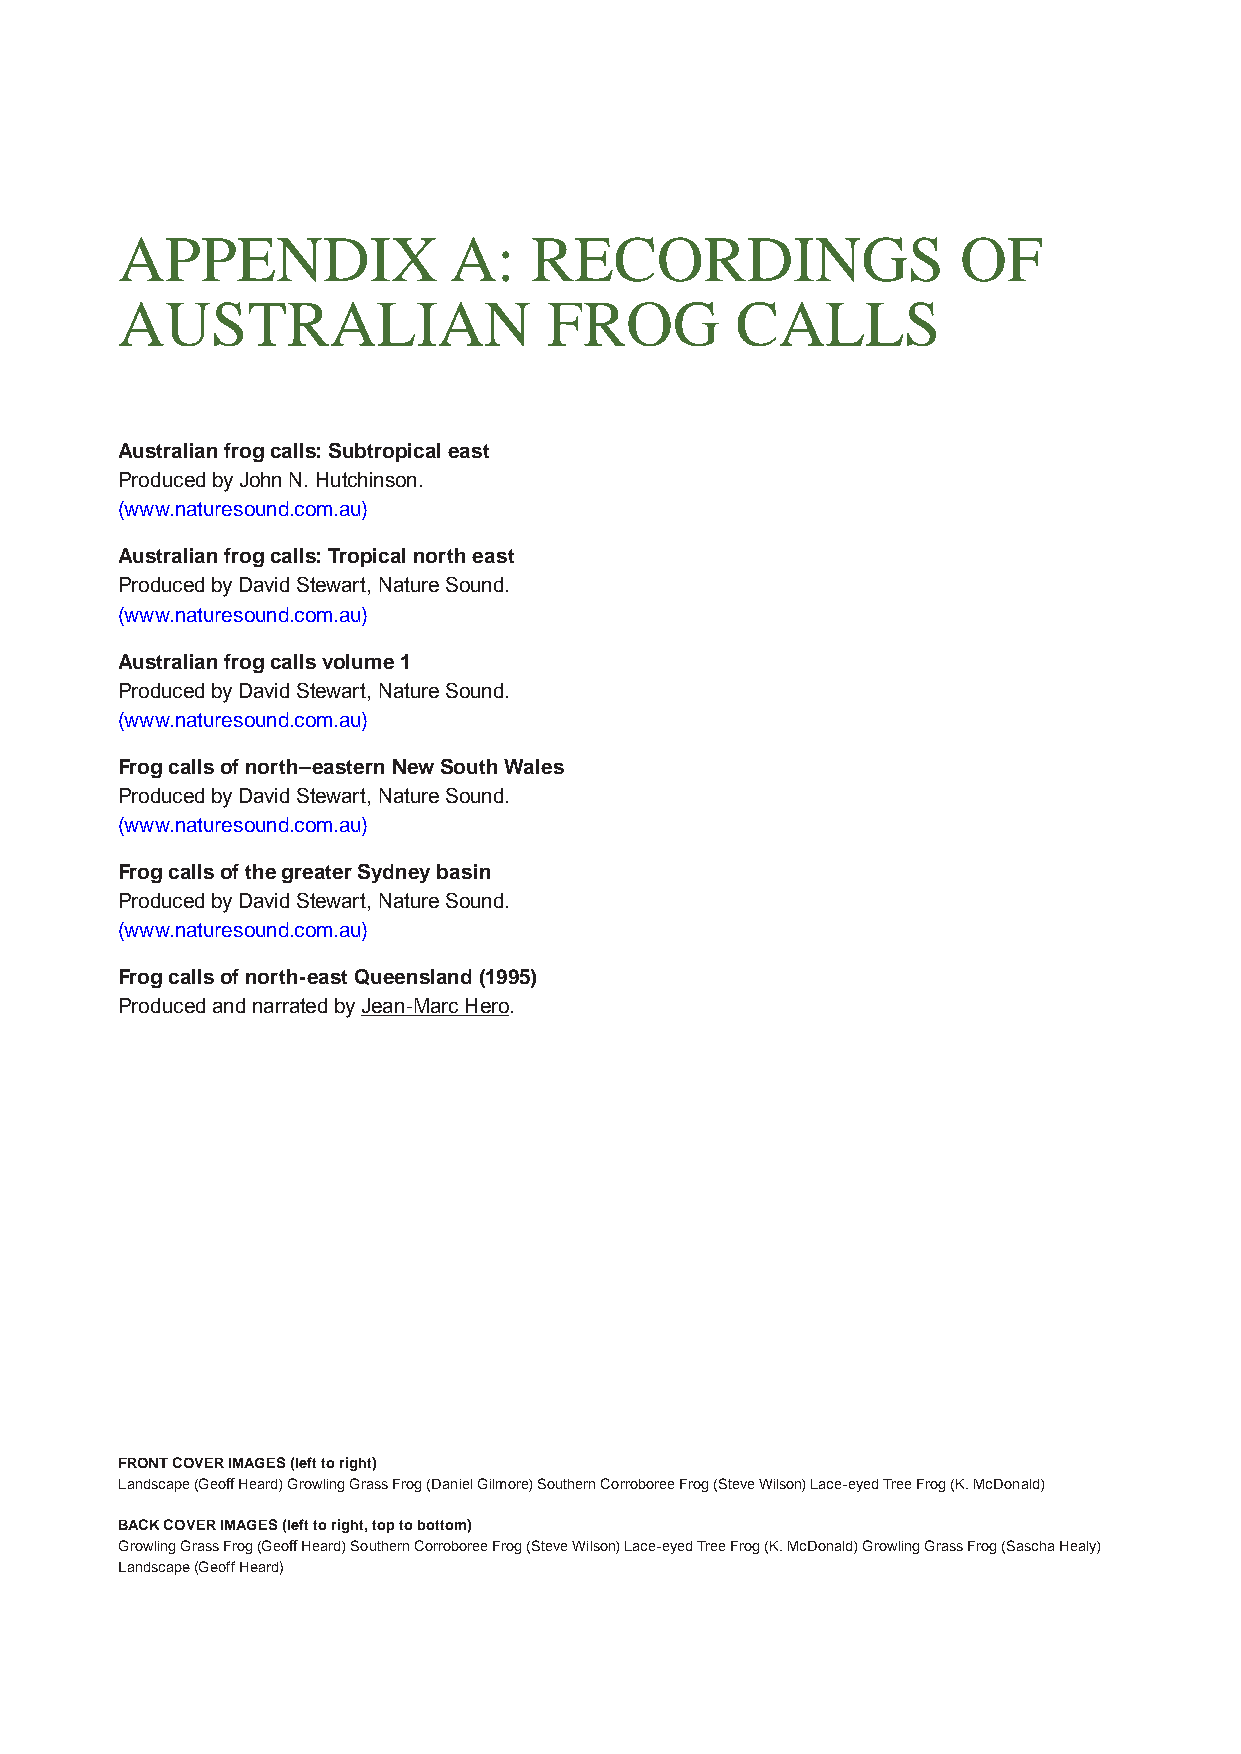
APPENDIX              A:   RECORDINGS                   OF
 AUSTRALIAN                  FROG         CALLS
 Australian frog calls: Subtropical east
 Produced by John N. Hutchinson.
 (www.naturesound.com.au)
 Australian frog calls: Tropical north east
 Produced by David Stewart, Nature Sound.
 (www.naturesound.com.au)
 Australian frog calls volume 1
 Produced by David Stewart, Nature Sound.
 (www.naturesound.com.au)
 Frog calls of north–eastern New South Wales
 Produced by David Stewart, Nature Sound.
 (www.naturesound.com.au)
 Frog calls of the greater Sydney basin
 Produced by David Stewart, Nature Sound.
 (www.naturesound.com.au)
 Frog calls of north-east Queensland (1995)
 Produced and narrated by Jean-Marc Hero.
 FRONT COVER IMAGES (left to right)
 Landscape (Geoff Heard) Growling Grass Frog (Daniel Gilmore) Southern Corroboree Frog (Steve Wilson) Lace-eyed Tree Frog (K. McDonald)
 BACK COVER IMAGES (left to right, top to bottom)
 Growling Grass Frog (Geoff Heard) Southern Corroboree Frog (Steve Wilson) Lace-eyed Tree Frog (K. McDonald) Growling Grass Frog (Sascha Healy)
 Landscape (Geoff Heard)
 69